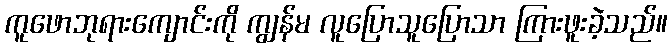
ကူဖောဘုရားကျောင်းကို ကျွန်မ လူပြောသူပြောသာ ကြားဖူးခဲ့သည်။